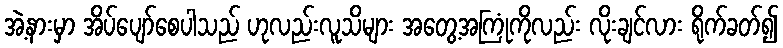
အဲ့နားမှာ အိပ်ပျော်စေပါသည် ဟုလည်းလူသိများ အတွေ့အကြုံကိုလည်း လိုးချင်လား ရိုက်ခတ်၍